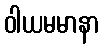
ဝါယမမာနာ